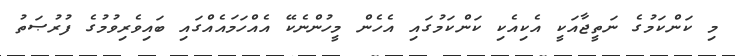
މި ކަންކަމުގެ ނަތީޖާއަކީ އެކިއެކި ކަންކަމުގައި އެހެން މީހުންނެކޭ އެއްހަމައެއްގައި ބައިވެރިވުމުގެ ފުރުޞަތު